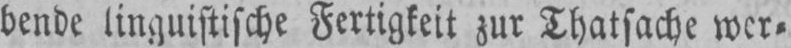
bende linguistische Fertigkeit zur Thatsache wer⸗